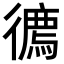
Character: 𢖇